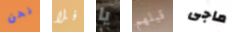
نحن فلا يا قبلهم ماجى